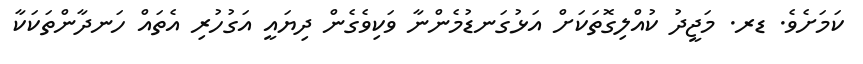
ކަމަށެވެ. ޑރ. މަޖީދު ކުއްލިގޮތަކަށް އަޅުގަނޑުމެންނާ ވަކިވެގެން ދިޔައީ އަގުހުރި އެތައް ހަނދާންތަކަކާ